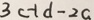
3 c - 1 d - 2 a